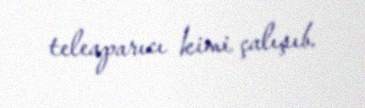
teleaparıcı kimi çalışıb.